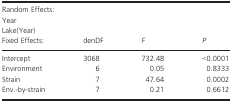
<table><thead><tr><td colspan="4"><b>Random Effects:</b></td></tr><tr><td colspan="4"><b>Year</b></td></tr><tr><td colspan="4"><b>Lake(Year)</b></td></tr><tr><td><b>Fixed Effects:</b></td><td><b>denDF</b></td><td><b><i>F</i></b></td><td><b><i>P</i></b></td></tr></thead><tbody><tr><td>Intercept</td><td>3068</td><td>732.48</td><td>&lt;0.0001</td></tr><tr><td>Environment</td><td>6</td><td>0.05</td><td>0.8333</td></tr><tr><td>Strain</td><td>7</td><td>47.64</td><td>0.0002</td></tr><tr><td>Env.‐by‐strain</td><td>7</td><td>0.21</td><td>0.6612</td></tr></tbody></table>